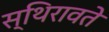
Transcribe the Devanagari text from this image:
स्थिरावते